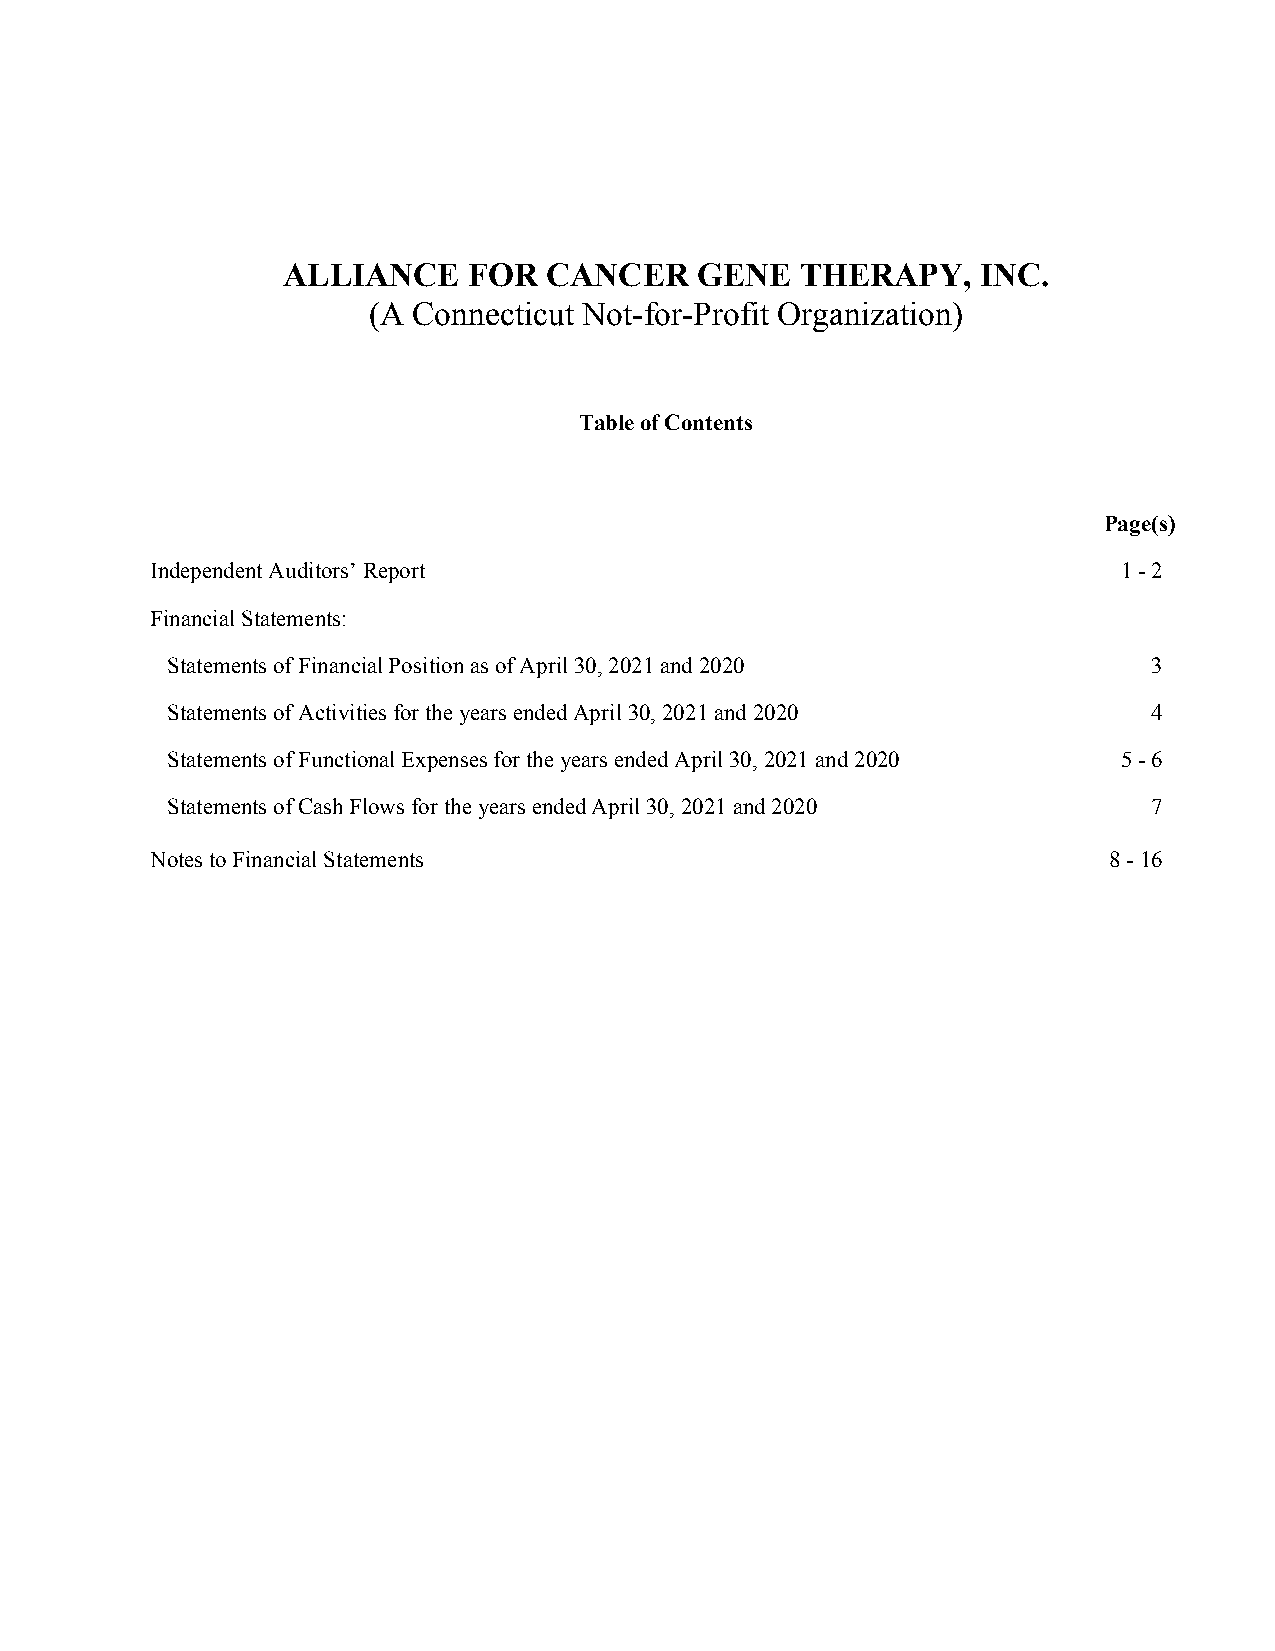
ALLIANCE    FOR  CANCER    GENE   THERAPY,    INC.
 (A Connecticut Not-for-Profit Organization)
 Table of Contents
 Page(s)
 Independent Auditors’ Report                                    1 - 2
 Financial Statements:
 Statements of Financial Position as of April 30, 2021 and 2020   3
 Statements of Activities for the years ended April 30, 2021 and 2020 4
 Statements of Functional Expenses for the years ended April 30, 2021 and 2020 5 - 6
 Statements of Cash Flows for the years ended April 30, 2021 and 2020 7
 Notes to Financial Statements                                  8 - 16